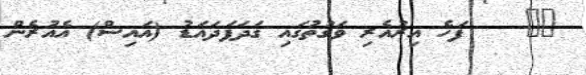
٧٣    ފަހެ އިރުއެރި ވަގުތުގައި ގަދަފަދައަޑު (އައިސް) އެއުރެން